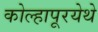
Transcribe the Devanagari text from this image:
कोल्हापूरयेथे